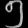
Digit: ၅